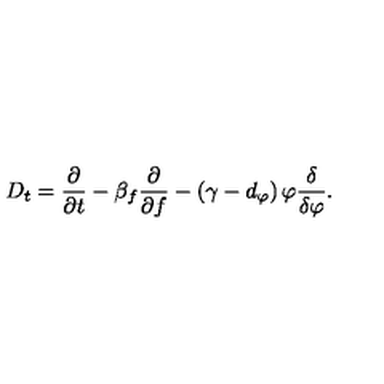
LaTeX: D _ { t } = \frac { \partial } { \partial t } - \beta _ { f } \frac { \partial } { \partial f } - \left( \gamma - d _ { \varphi } \right) \varphi \frac { \delta } { \delta \varphi } .